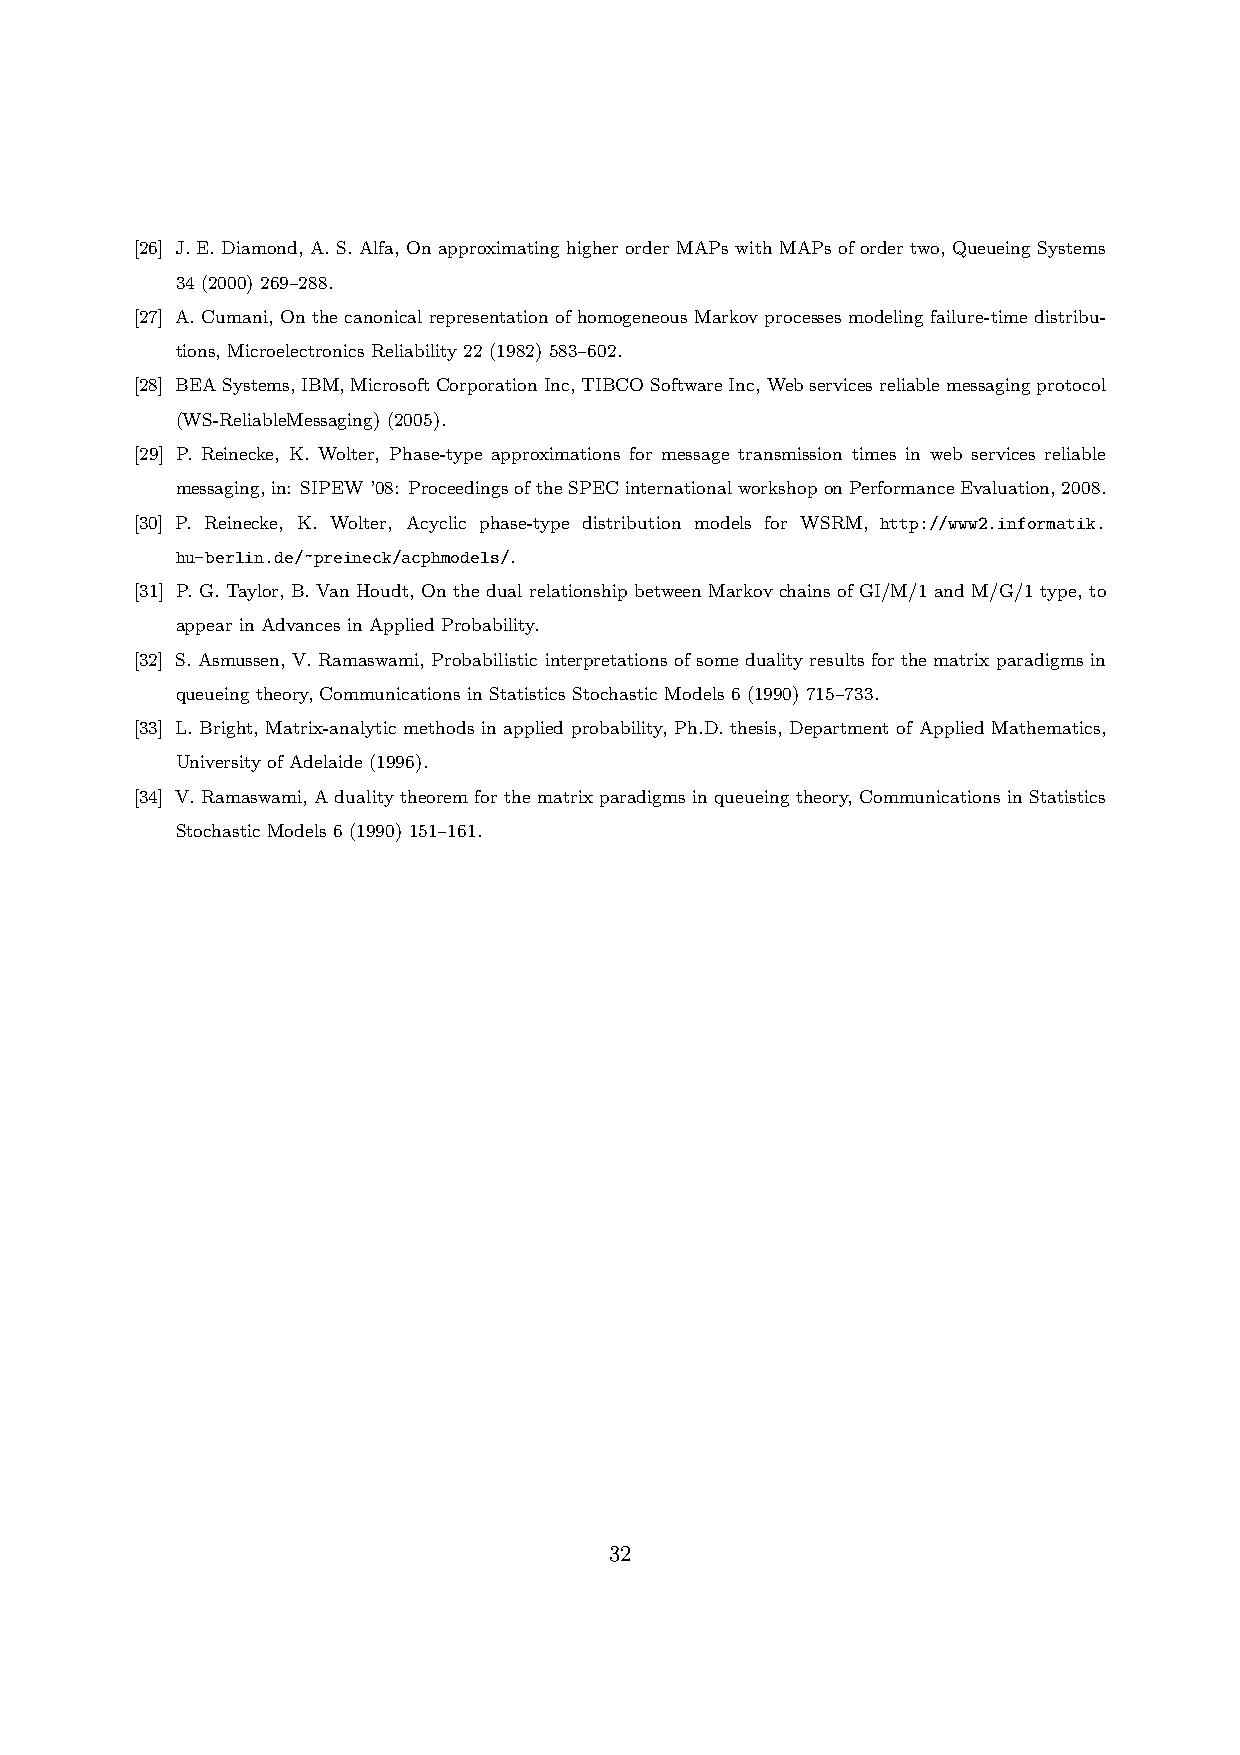
[26] J. E. Diamond, A. S. Alfa, On approximating higher order MAPs with MAPs of order two, Queueing Systems
 34 (2000) 269–288.
 [27] A. Cumani, On the canonical representation of homogeneous Markov processes modeling failure-time distribu-
 tions, Microelectronics Reliability 22 (1982) 583–602.
 [28] BEASystems,IBM,MicrosoftCorporationInc,TIBCOSoftwareInc,Webservicesreliablemessagingprotocol
 (WS-ReliableMessaging) (2005).
 [29] P. Reinecke, K. Wolter, Phase-type approximations for message transmission times in web services reliable
 messaging,in: SIPEW’08: ProceedingsoftheSPECinternationalworkshoponPerformanceEvaluation,2008.
 [30] P. Reinecke, K. Wolter, Acyclic phase-type distribution models for WSRM, http://www2.informatik.
 hu-berlin.de/~preineck/acphmodels/.
 [31] P. G. Taylor, B. Van Houdt, On the dual relationship between Markov chains of GI/M/1 and M/G/1 type, to
 appear in Advances in Applied Probability.
 [32] S. Asmussen, V. Ramaswami, Probabilistic interpretations of some duality results for the matrix paradigms in
 queueing theory, Communications in Statistics Stochastic Models 6 (1990) 715–733.
 [33] L. Bright, Matrix-analytic methods in applied probability, Ph.D. thesis, Department of Applied Mathematics,
 University of Adelaide (1996).
 [34] V. Ramaswami, A duality theorem for the matrix paradigms in queueing theory, Communications in Statistics
 Stochastic Models 6 (1990) 151–161.
 32